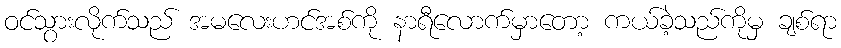
ဝင်သွားလိုက်သည် အမလေးဟင်အစ်ကို နာရီလောက်မှာတော့ ကယ်ခဲ့သည်ကိုမှ ချစ်ရာ